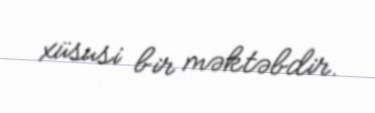
xüsusi bir məktəbdir.